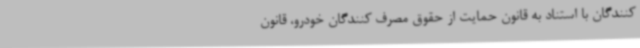
کنندگان با استناد به قانون حمایت از حقوق مصرف کنندگان خودرو، قانون